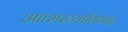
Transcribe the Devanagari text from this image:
आत्मख्यातिवाद